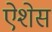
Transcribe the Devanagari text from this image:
ऐशेस